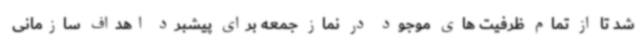
شد تا از تمام ظرفیت های موجود در نماز جمعه برای پیشبرد اهداف سازمانی